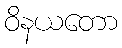
ဝိနယတော